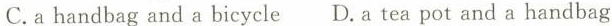
C. a handbag and a bicycle D. a tea pot and a handbag